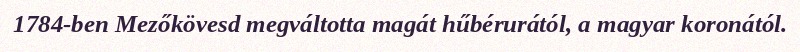
1784-ben Mezőkövesd megváltotta magát hűbérurától, a magyar koronától.